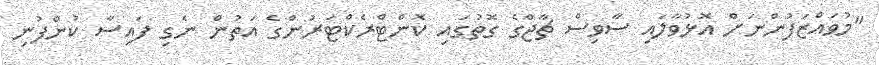
"މުވައްޒަފުންނަށް އޮޅުވާލައި ސާވިސް ޗާޖްގެ ގޮތުގައި ކޮންޓްރެކްޓަރުންގެ އަތުން ނެގި ފައިސާ ކުންފުނި